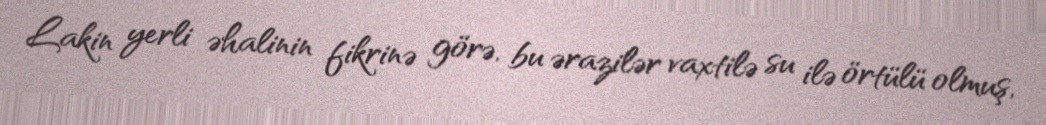
Lakin yerli əhalinin fikrinə görə, bu ərazilər vaxtilə su ilə örtülü olmuş,